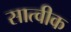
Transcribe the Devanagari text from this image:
सात्वीक